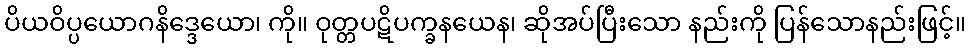
ပိယဝိပ္ပယောဂနိဒ္ဒေယော၊ ကို။ ဝုတ္တပဋိပက္ခနယေန၊ ဆိုအပ်ပြီးသော နည်းကို ပြန်သောနည်းဖြင့်။